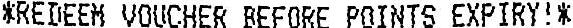
*REDEEM VOUCHER BEFORE POINTS EXPIRY!*